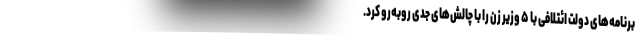
برنامه‌های دولت ائتلافی با ۵ وزیر زن را با چالش‌های جدی روبه‌رو کرد.